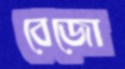
বেজো